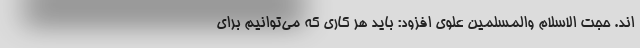
اند. حجت الاسلام والمسلمین علوی افزود: باید هر کاری که می‌توانیم برای